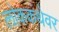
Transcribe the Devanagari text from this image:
लोककथेवर